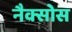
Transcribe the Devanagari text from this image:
नैक्सोस